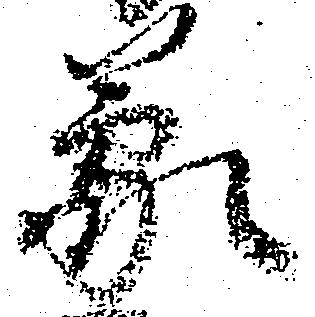
蒙